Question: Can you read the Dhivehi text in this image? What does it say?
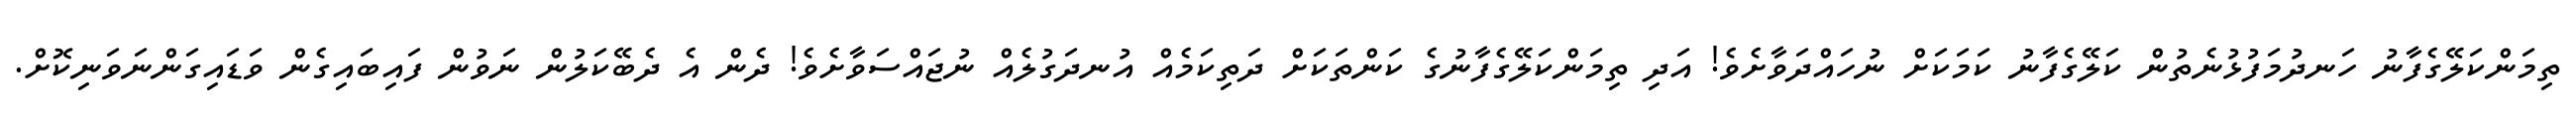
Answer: ތިމަންކަލޭގެފާނު ހަނދުމަފުޅުނެތުން ކަލޭގެފާނު ކަމަކަށް ނުހައްދަވާށެވެ! އަދި ތިމަންކަލޭގެފާނުގެ ކަންތަކަށް ދަތިކަމެއް އުނދަގުލެއް ނުޖައްސަވާށެވެ! ދެން އެ ދެބޭކަލުން ނަވުން ފައިބައިގެން ވަޑައިގަންނަވަނިކޮށް.